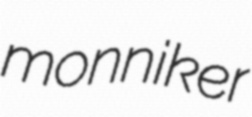
monniker